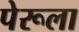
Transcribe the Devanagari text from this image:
पेरूला